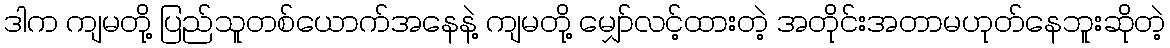
ဒါက ကျမတို့ ပြည်သူတစ်ယောက်အနေနဲ့ ကျမတို့ မျှော်လင့်ထားတဲ့ အတိုင်းအတာမဟုတ်နေဘူးဆိုတဲ့